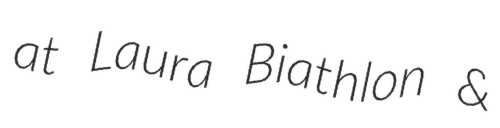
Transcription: at Laura Biathlon &